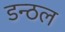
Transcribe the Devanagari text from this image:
डन्ठल